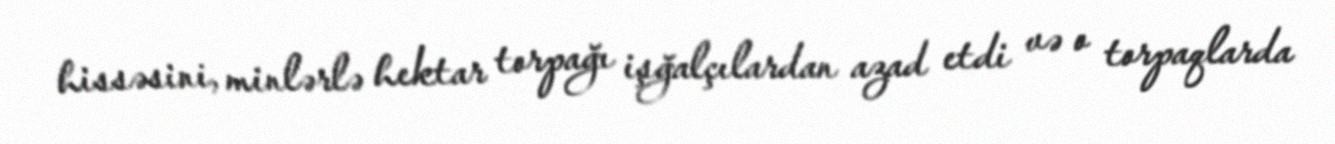
hissəsini, minlərlə hektar torpağı işğalçılardan azad etdi və o torpaqlarda